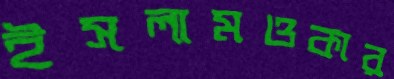
ইসলামওকার